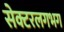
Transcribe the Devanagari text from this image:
सेक्टरलगभग